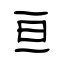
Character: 亘